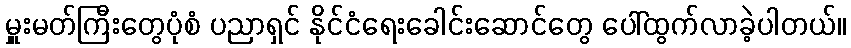
မှူးမတ်ကြီးတွေပုံစံ ပညာရှင် နိုင်ငံရေးခေါင်းဆောင်တွေ ပေါ်ထွက်လာခဲ့ပါတယ်။